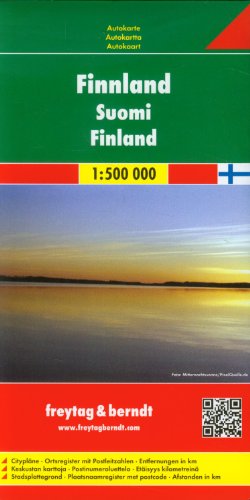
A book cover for Finland; Freytag-Berndt und Artaria; Travel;